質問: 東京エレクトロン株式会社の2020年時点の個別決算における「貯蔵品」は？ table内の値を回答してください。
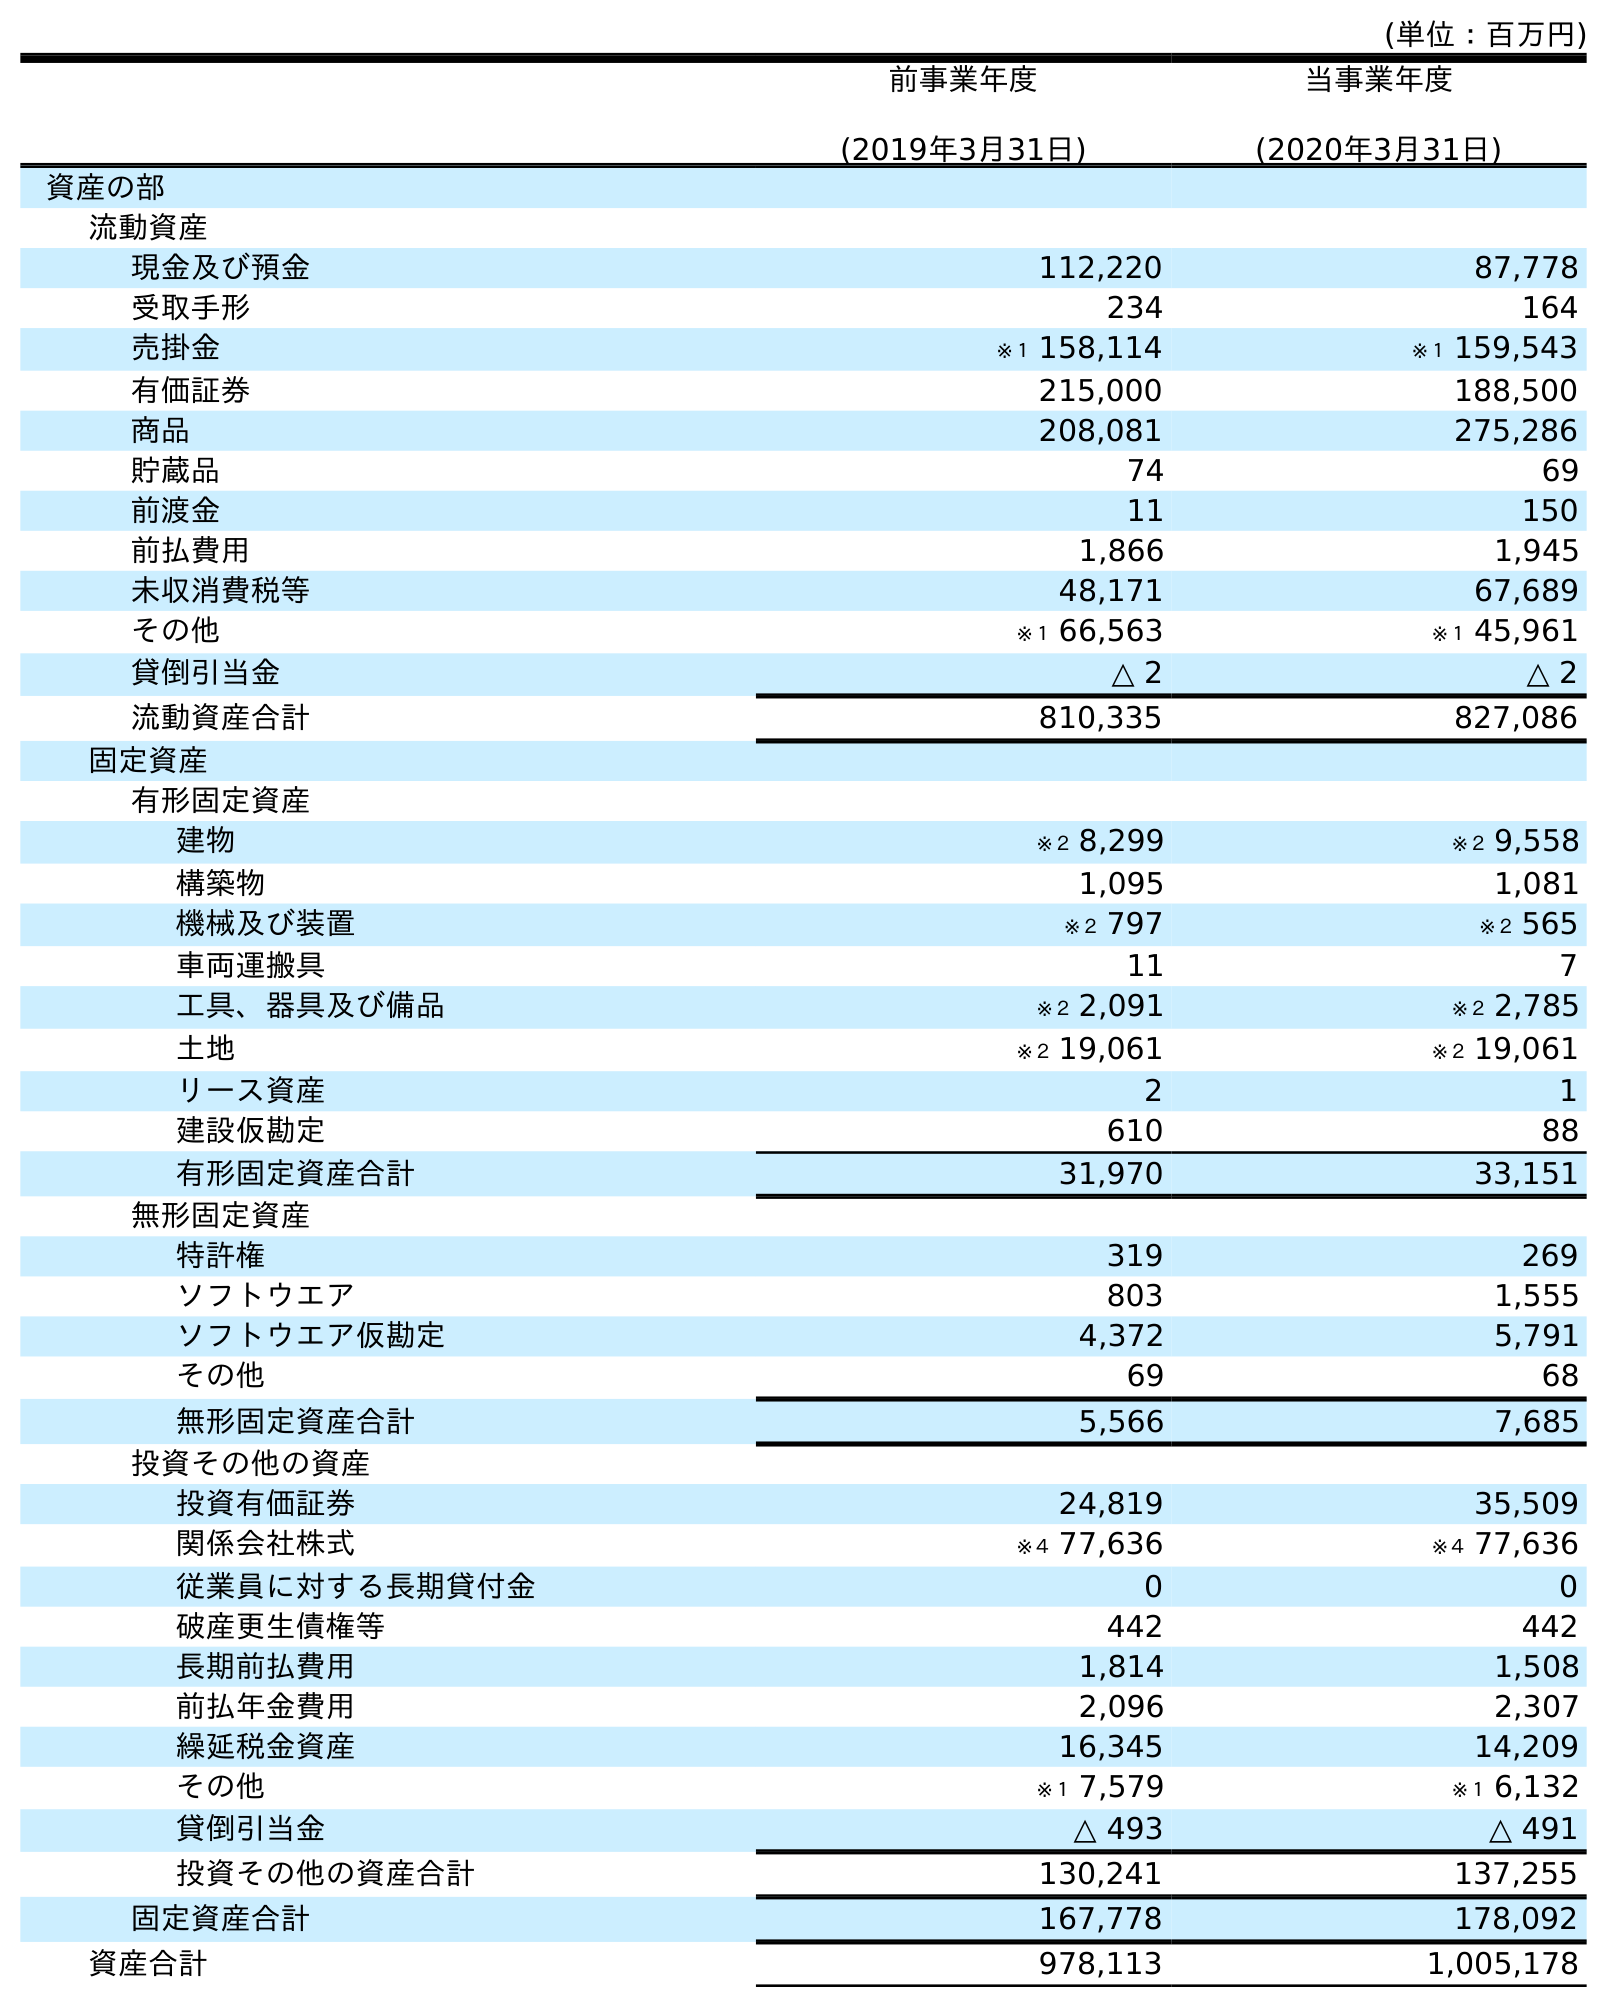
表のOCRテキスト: (単位：百万円) 前事業年度 (2019年3月31日) 当事業年度 (2020年3月31日) 資産の部 流動資産 現金及び預金 112,220 87,778 受取手形 234 164 売掛金 ※１ 158,114 ※１ 159,543 有価証券 215,000 188,500 商品 208,081 275,286 貯蔵品 74 69 前渡金 11 150 前払費用 1,866 1,945 未収消費税等 48,171 67,689 その他 ※１ 66,563 ※１ 45,961 貸倒引当金 △ 2 △ 2 流動資産合計 810,335 827,086 固定資産 有形固定資産 建物 ※２ 8,299 ※２ 9,558 構築物 1,095 1,081 機械及び装置 ※２ 797 ※２ 565 車両運搬具 11 7 工具、器具及び備品 ※２ 2,091 ※２ 2,785 土地 ※２ 19,061 ※２ 19,061 リース資産 2 1 建設仮勘定 610 88 有形固定資産合計 31,970 33,151 無形固定資産 特許権 319 269 ソフトウエア 803 1,555 ソフトウエア仮勘定 4,372 5,791 その他 69 68 無形固定資産合計 5,566 7,685 投資その他の資産 投資有価証券 24,819 35,509 関係会社株式 ※４ 77,636 ※４ 77,636 従業員に対する長期貸付金 0 0 破産更生債権等 442 442 長期前払費用 1,814 1,508 前払年金費用 2,096 2,307 繰延税金資産 16,345 14,209 その他 ※１ 7,579 ※１ 6,132 貸倒引当金 △ 493 △ 491 投資その他の資産合計 130,241 137,255 固定資産合計 167,778 178,092 資産合計 978,113 1,005,178
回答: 69